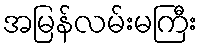
အမြန်လမ်းမကြီး